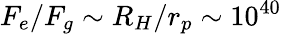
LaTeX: F_{e}/F_{g}\sim R_{H}/r_{p}\sim 10^{40}